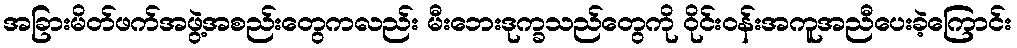
အခြားမိတ်ဖက်အဖွဲ့အစည်းတွေကလည်း မီးဘေးဒုက္ခသည်တွေကို ဝိုင်းဝန်းအကူအညီပေးခဲ့ကြောင်း